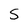
Character: S